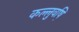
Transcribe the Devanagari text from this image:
कल्लुवष़ि